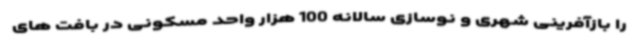
را بازآفرینی شهری و نوسازی سالانه 100 هزار واحد مسکونی در بافت های